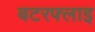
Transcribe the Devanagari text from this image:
बटरफ्लाइ